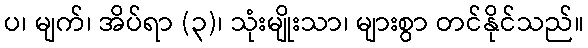
ပ၊ မျက်၊ အိပ်ရာ (၃)၊ သုံးမျိုးသာ၊ များစွာ တင်နိုင်သည်။